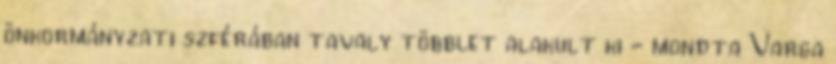
önkormányzati szférában tavaly többlet alakult ki - mondta Varga